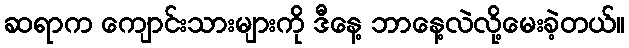
ဆရာက ကျောင်းသားများကို ဒီနေ့ ဘာနေ့လဲလို့မေးခဲ့တယ်။